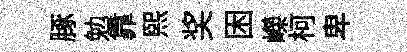
䐁勉靠熙奖困嶸柯卑